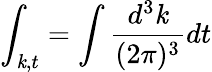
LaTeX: \int_{\mathit{k},t}=\int\frac{{d^{3}\mathit{k}}}{{(2\pi)^{3}}}dt